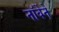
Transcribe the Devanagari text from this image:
नॉर्वेने